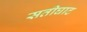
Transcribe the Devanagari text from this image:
सतीघाट